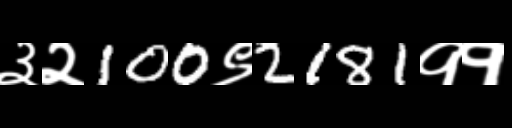
Text: ३२100९2181११